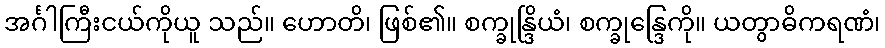
အင်္ဂါကြီးငယ်ကိုယူ သည်။ ဟောတိ၊ ဖြစ်၏။ စက္ခုန္ဒြိယံ၊ စက္ခုန္ဒြေကို။ ယတွာဓိကရဏံ၊